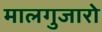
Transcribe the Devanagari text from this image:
मालगुजारो